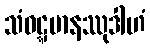
သံဝဋ္ဋမာနဿုဒါဟံ